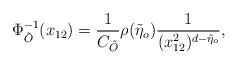
\begin{align*}\Phi^{-1}_{\tilde{O}}(x_{12})=\frac{1}{C_{\tilde{O}}}\rho(\tilde{\eta}_{o})\frac{1}{(x_{12}^{2})^{d-\tilde{\eta}_{o}}},\end{align*}